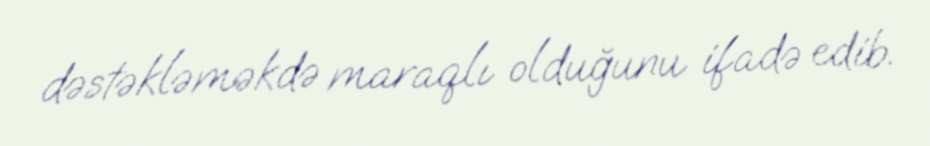
dəstəkləməkdə maraqlı olduğunu ifadə edib.